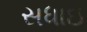
સધાઇ